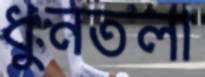
ধুনতলা